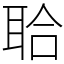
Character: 𦕲